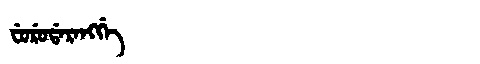
Manchu: ᠸᡠᡵᡠᡩᠠᡵᠠᠩᡤᡝ
Romanization: FURUDARANGGE